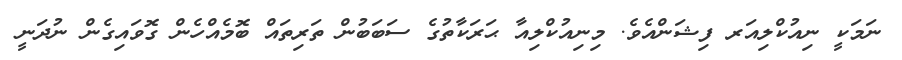
ނަމަކީ ނިއުކްލިއަރ ފިޝަންއެވެ. މިނިއުކްލިއާ ޙަރަކާތުގެ ސަބަބުން ތަރިތައް ބޮމެއްހެން ގޮވައިގެން ނުދަނީ